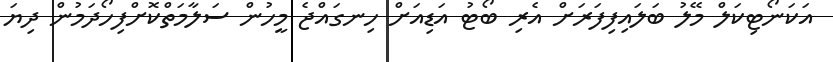
އަކަނޯޓިކަލް މޭލު ބަލައިފިފަރަށް އެރި ބޯޓު އަޑިއަށް ހިނގައްޖެ މީހުން ސަލާމަތްކޮށްފިހޯދަމުން ދިޔަ